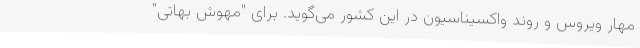
مهار ویروس و روند واکسیناسیون در این کشور می‌گوید. برای "مهوش بهاتی"